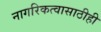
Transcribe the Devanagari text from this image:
नागरिकत्वासाठीही